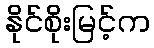
နိုင်စိုးမြင့်က